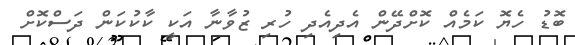
ބޮޑު ހެޔޮ ކަމެއް ކޮށްދޭން އެދިއެދި ހުރި ޒުވާނާ އަކީ ކާކުކަން ދަސްކޮށް